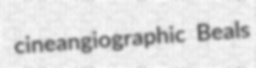
cineangiographic Beals